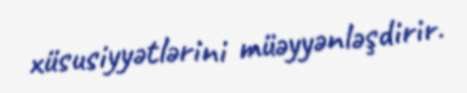
xüsusiyyətlərini müəyyənləşdirir.